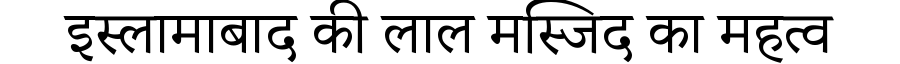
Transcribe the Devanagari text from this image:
इस्लामाबाद की लाल मस्जिद का महत्व